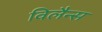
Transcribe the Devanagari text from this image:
विलैन्स